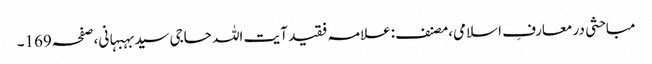
مباحثی در معارفِ اسلامی،مصنف:علامہ فقید آیت اللہ حاجی سیدبہبہانی،صفحہ169۔